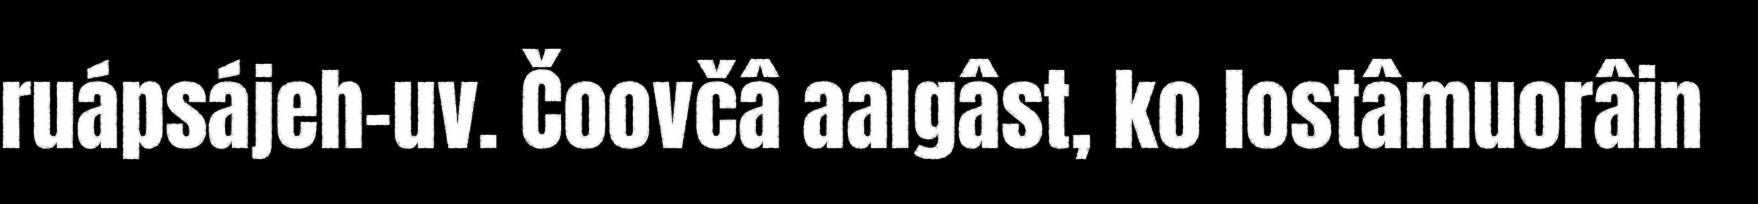
ruápsájeh-uv. Čoovčâ aalgâst, ko lostâmuorâin